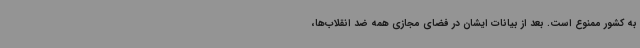
به کشور ممنوع است. بعد از بیانات ایشان در فضای مجازی همه ضد انقلاب‌ها،